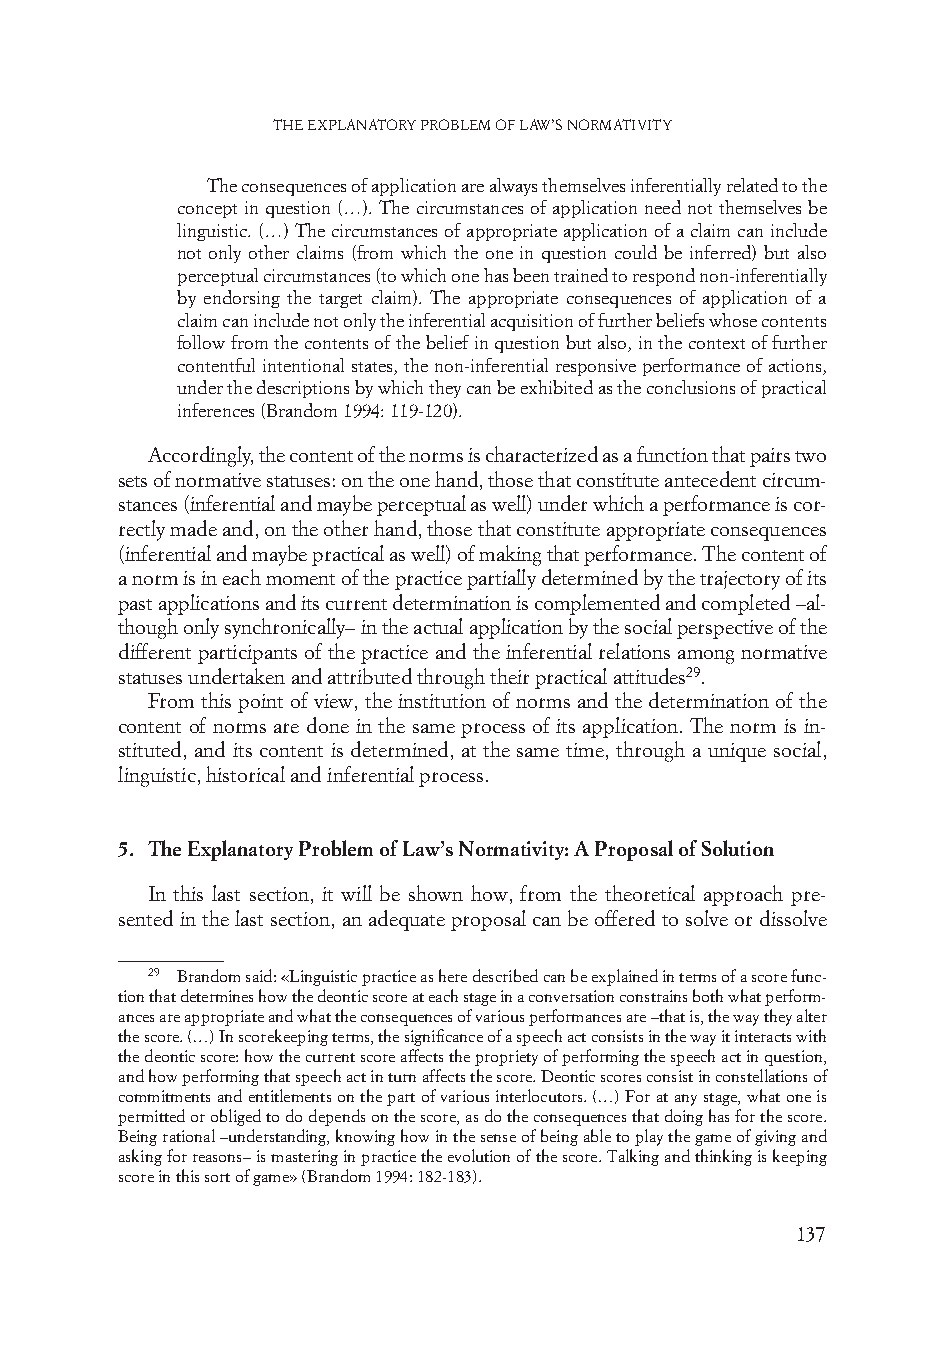
The explanaTory problem of law’s normaTiviTy
 The consequences of application are always themselves inferentially related to the
 concept in question (…). The circumstances of application need not themselves be
 linguistic. (…) The circumstances of appropriate application of a claim can include
 not only other claims (from which the one in question could be inferred) but also
 perceptual circumstances (to which one has been trained to respond non-inferentially
 by endorsing the target claim). The appropriate consequences of application of a
 claim can include not only the inferential acquisition of further beliefs whose contents
 follow from the contents of the belief in question but also, in the context of further
 contentful intentional states, the non-inferential responsive performance of actions,
 under the descriptions by which they can be exhibited as the conclusions of practical
 inferences (Brandom 1994: 119-120).
 Accordingly, the content of the norms is characterized as a function that pairs two
 sets of normative statuses: on the one hand, those that constitute antecedent circum-
 stances (inferential and maybe perceptual as well) under which a performance is cor-
 rectly made and, on the other hand, those that constitute appropriate consequences
 (inferential and maybe practical as well) of making that performance. The content of
 a norm is in each moment of the practice partially determined by the trajectory of its
 past applications and its current determination is complemented and completed –al-
 though only synchronically– in the actual application by the social perspective of the
 different participants of the practice and the inferential relations among normative
 statuses undertaken and attributed through their practical attitudes29.
 From this point of view, the institution of norms and the determination of the
 content of norms are done in the same process of its application. The norm is in-
 stituted, and its content is determined, at the same time, through a unique social,
 linguistic, historical and inferential process.
 5. The Explanatory Problem of Law’s Normativity: A Proposal of Solution
 In this last section, it will be shown how, from the theoretical approach pre-
 sented in the last section, an adequate proposal can be offered to solve or dissolve
 29 Brandom said: «Linguistic practice as here described can be explained in terms of a score func-
 tion that determines how the deontic score at each stage in a conversation constrains both what perform-
 ances are appropriate and what the consequences of various performances are –that is, the way they alter
 the score. (…) In scorekeeping terms, the significance of a speech act consists in the way it interacts with
 the deontic score: how the current score affects the propriety of performing the speech act in question,
 and how performing that speech act in turn affects the score. Deontic scores consist in constellations of
 commitments and entitlements on the part of various interlocutors. (…) For at any stage, what one is
 permitted or obliged to do depends on the score, as do the consequences that doing has for the score.
 Being rational –understanding, knowing how in the sense of being able to play the game of giving and
 asking for reasons– is mastering in practice the evolution of the score. Talking and thinking is keeping
 score in this sort of game» (Brandom 1994: 182-183).
 137